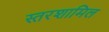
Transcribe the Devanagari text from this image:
स्तरशामिल